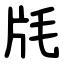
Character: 㲏